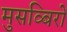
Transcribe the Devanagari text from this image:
मुसव्बिरों